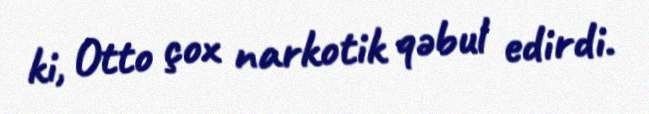
ki, Otto çox narkotik qəbul edirdi.